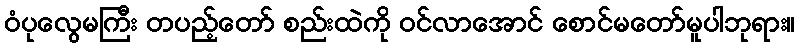
ဝံပုလွေမကြီး တပည့်တော် စည်းထဲကို ဝင်လာအောင် စောင်မတော်မူပါဘုရား။